Indian journal of veterinary science and animal husbandry - Volumes 18-21, 1948-1951
Year: 1948
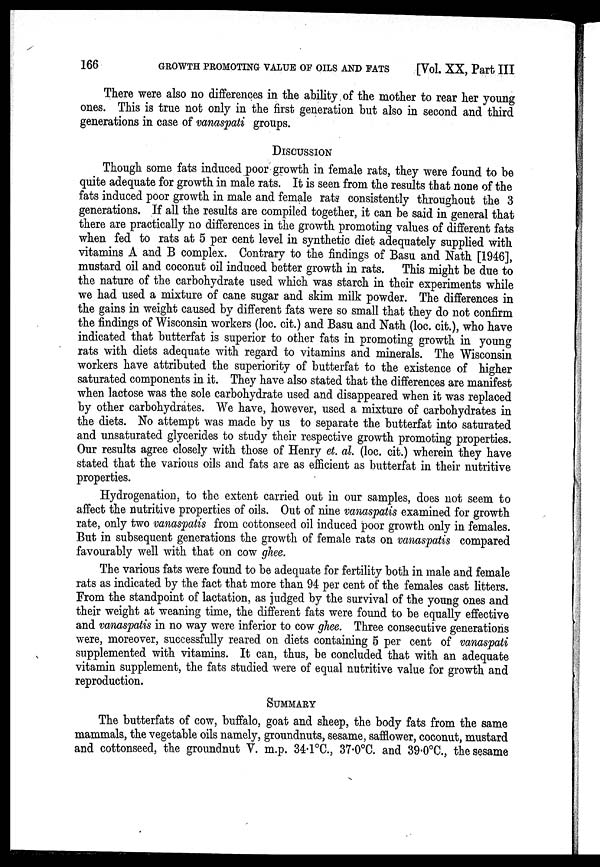
166
GROWTH PROMOTING VALUE OF OILS AND FATS
[Vol. XX, Part III
There were also no differences in the ability of the mother to rear her young
ones. This is true not only in the first generation but also in second and third
generations in case of vanaspati groups.
DISCUSSION
Though some fats induced poor growth in female rats, they were found to be
quite adequate for growth in male rats. It is seen from the results that none of the
fats induced poor growth in male and female rats consistently throughout the 3
generations. If all the results are compiled together, it can be said in general that
there are practically no differences in the growth promoting values of different fats
when fed to rats at 5 per cent level in synthetic diet adequately supplied with
vitamins A and B complex. Contrary to the findings of Basu and Nath [1946],
mustard oil and coconut oil induced better growth in rats. This might be due to
the nature of the carbohydrate used which was starch in their experiments while
we had used a mixture of cane sugar and skim milk powder. The differences in
the gains in weight caused by different fats were so small that they do not confirm
the findings of Wisconsin workers (loc. cit.) and Basu and Nath (loc. cit.), who have
indicated that butterfat is superior to other fats in promoting growth in young
rats with diets adequate with regard to vitamins and minerals. The Wisconsin
workers have attributed the superiority of butterfat to the existence of higher
saturated components in it. They have also stated that the differences are manifest
when lactose was the sole carbohydrate used and disappeared when it was replaced
by other carbohydrates. We have, however, used a mixture of carbohydrates in
the diets. No attempt was made by us to separate the butterfat into saturated
and unsaturated glycerides to study their respective growth promoting properties.
Our results agree closely with those of Henry et. al. (loc. cit.) wherein they have
stated that the various oils and fats are as efficient as butterfat in their nutritive
properties.
Hydrogenation, to the extent carried out in our samples, does not seem to
affect the nutritive properties of oils. Out of nine vanaspatis examined for growth
rate, only two vanaspatis from cottonseed oil induced poor growth only in females.
But in subsequent generations the growth of female rats on vanaspatis compared
favourably well with that on cow ghee.
The various fats were found to be adequate for fertility both in male and female
rats as indicated by the fact that more than 94 per cent of the females cast litters.
From the standpoint of lactation, as judged by the survival of the young ones and
their weight at weaning time, the different fats were found to be equally effective
and vanaspatis in no way were inferior to cow ghee. Three consecutive generations
were, moreover, successfully reared on diets containing 5 per cent of vanaspati
supplemented with vitamins. It can, thus, be concluded that with an adequate
vitamin supplement, the fats studied were of equal nutritive value for growth and
reproduction.
SUMMARY
The butterfats of cow, buffalo, goat and sheep, the body fats from the same
mammals, the vegetable oils namely, groundnuts, sesame, safflower, coconut, mustard
and cottonseed, the groundnut V. m.p. 34.1°C., 37.0°C. and 39.0°C., the sesame